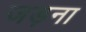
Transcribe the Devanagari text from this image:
जड़ना